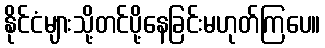
နိုင်ငံများသို့တင်ပို့နေခြင်းမဟုတ်ကြပေ။